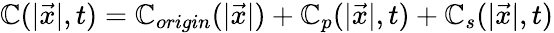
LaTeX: \mathbb{C}(|\vec{{x}}|,t)=\mathbb{C}_{origin}(|\vec{{x}}|)+\mathbb{C}_{p}(|\vec{{x}}|,t)+\mathbb{C}_{s}(|\vec{{x}}|,t)